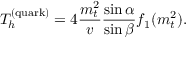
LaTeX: T _ { h } ^ { ( \mathrm { q u a r k } ) } = 4 \frac { m _ { t } ^ { 2 } } { v } \frac { \sin \alpha } { \sin \beta } f _ { 1 } ( m _ { t } ^ { 2 } ) .